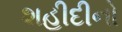
શહીદીનો